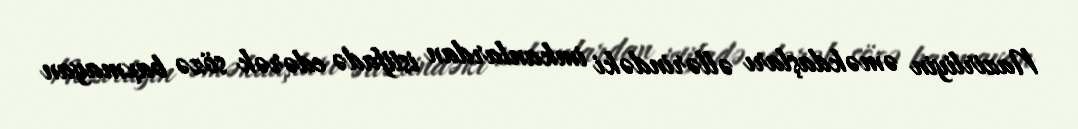
Nazirliyin əməkdaşları əllərindəki imkanlardan istifadə edərək sözə baxmayan